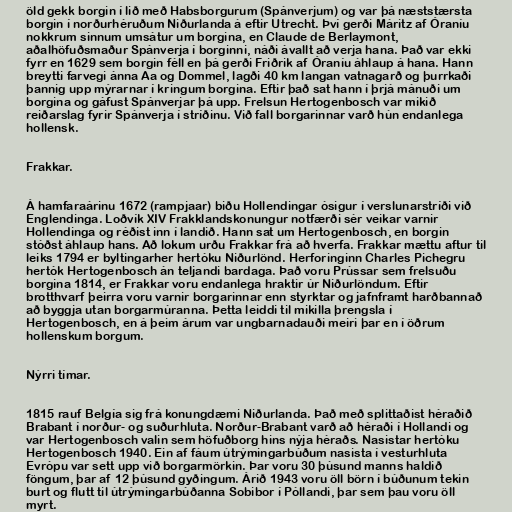
öld gekk borgin í lið með Habsborgurum (Spánverjum) og var þá næststærsta
borgin í norðurhéruðum Niðurlanda á eftir Utrecht. Því gerði Máritz af Óraníu
nokkrum sinnum umsátur um borgina, en Claude de Berlaymont,
aðalhöfuðsmaður Spánverja í borginni, náði ávallt að verja hana. Það var ekki
fyrr en 1629 sem borgin féll en þá gerði Friðrik af Óraníu áhlaup á hana. Hann
breytti farvegi ánna Aa og Dommel, lagði 40 km langan vatnagarð og þurrkaði
þannig upp mýrarnar í kringum borgina. Eftir það sat hann í þrjá mánuði um
borgina og gáfust Spánverjar þá upp. Frelsun Hertogenbosch var mikið
reiðarslag fyrir Spánverja í stríðinu. Við fall borgarinnar varð hún endanlega
hollensk.

Frakkar.

Á hamfaraárinu 1672 (rampjaar) biðu Hollendingar ósigur í verslunarstríði við
Englendinga. Loðvík XIV Frakklandskonungur notfærði sér veikar varnir
Hollendinga og réðist inn í landið. Hann sat um Hertogenbosch, en borgin
stóðst áhlaup hans. Að lokum urðu Frakkar frá að hverfa. Frakkar mættu aftur til
leiks 1794 er byltingarher hertóku Niðurlönd. Herforinginn Charles Pichegru
hertók Hertogenbosch án teljandi bardaga. Það voru Prússar sem frelsuðu
borgina 1814, er Frakkar voru endanlega hraktir úr Niðurlöndum. Eftir
brotthvarf þeirra voru varnir borgarinnar enn styrktar og jafnframt harðbannað
að byggja utan borgarmúranna. Þetta leiddi til mikilla þrengsla í
Hertogenbosch, en á þeim árum var ungbarnadauði meiri þar en í öðrum
hollenskum borgum.

Nýrri tímar.

1815 rauf Belgía sig frá konungdæmi Niðurlanda. Það með splittaðist héraðið
Brabant í norður- og suðurhluta. Norður-Brabant varð að héraði í Hollandi og
var Hertogenbosch valin sem höfuðborg hins nýja héraðs. Nasistar hertóku
Hertogenbosch 1940. Ein af fáum útrýmingarbúðum nasista í vesturhluta
Evrópu var sett upp við borgarmörkin. Þar voru 30 þúsund manns haldið
föngum, þar af 12 þúsund gyðingum. Árið 1943 voru öll börn í búðunum tekin
burt og flutt til útrýmingarbúðanna Sobibor í Póllandi, þar sem þau voru öll
myrt.